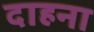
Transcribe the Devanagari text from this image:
दाहना